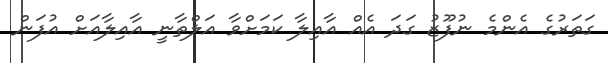
ގަތަރުގެ އެންމެ ނުފޫޒު ގަދަ އެއް އާއިލާ ކަމަށްވާ އަލްތާނީ އާއިލާއަށް އުފަން